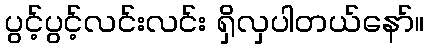
ပွင့်ပွင့်လင်းလင်း ရှိလှပါတယ်နော်။